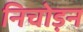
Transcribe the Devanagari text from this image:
निचोड़न